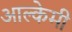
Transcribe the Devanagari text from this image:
आल्‍केमी